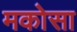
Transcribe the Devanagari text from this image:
मकोसा